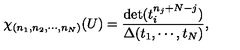
\chi _ { ( n _ { 1 } , n _ { 2 } , \cdots , n _ { N } ) } ( U ) = \frac { \det ( t _ { i } ^ { n _ { j } + N - j } ) } { \Delta ( t _ { 1 } , \cdots , t _ { N } ) } ,